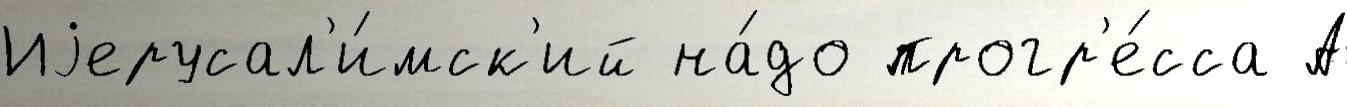
Иjерусал'и́мск'ий на́до прогр'е́сса А